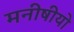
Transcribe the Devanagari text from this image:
मनीषीयो